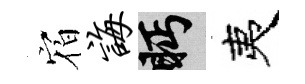
𪧐诲眄夷